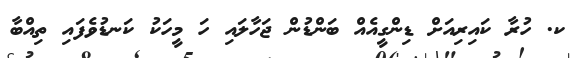
ކ. ހުރާ ކައިރިއަށް ޑިންގީއެއް ބަންޑުން ޖަހާލައި ހަ މީހަކު ކަނޑުވެފައި ތިއްބާ